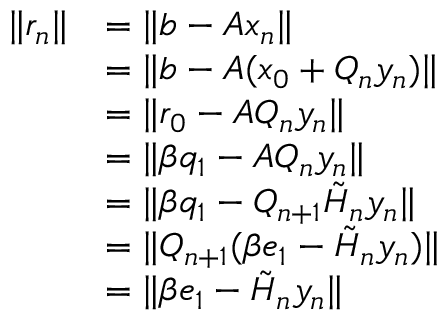
{ \begin{array} { r l } { \| r _ { n } \| } & { = \| b - A x _ { n } \| } \\ & { = \| b - A ( x _ { 0 } + Q _ { n } y _ { n } ) \| } \\ & { = \| r _ { 0 } - A Q _ { n } y _ { n } \| } \\ & { = \| \beta q _ { 1 } - A Q _ { n } y _ { n } \| } \\ & { = \| \beta q _ { 1 } - Q _ { n + 1 } { \tilde { H } } _ { n } y _ { n } \| } \\ & { = \| Q _ { n + 1 } ( \beta e _ { 1 } - { \tilde { H } } _ { n } y _ { n } ) \| } \\ & { = \| \beta e _ { 1 } - { \tilde { H } } _ { n } y _ { n } \| } \end{array} }